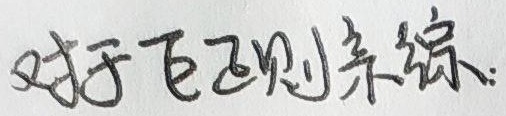
对于不规则系统.